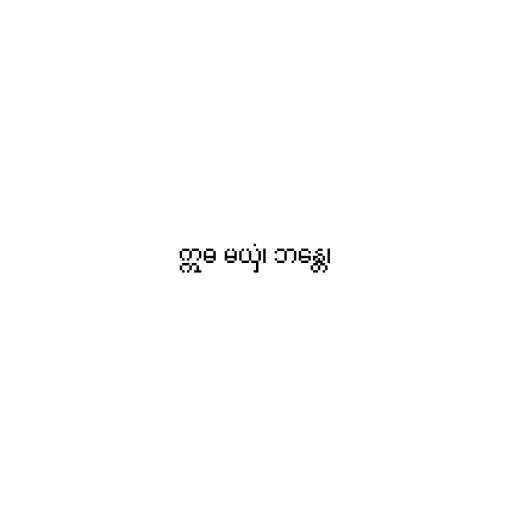
ဣဓ မယှံ၊ ဘန္တေ၊